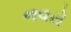
નવરો